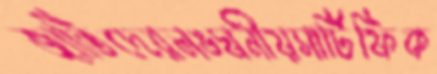
জাতিদেরলঙ্ঘনীয়সার্টিফিক